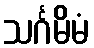
သင်္ဂမိမံ